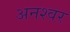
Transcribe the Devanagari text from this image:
अनश्‍वर